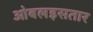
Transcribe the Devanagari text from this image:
ओबलइसतार